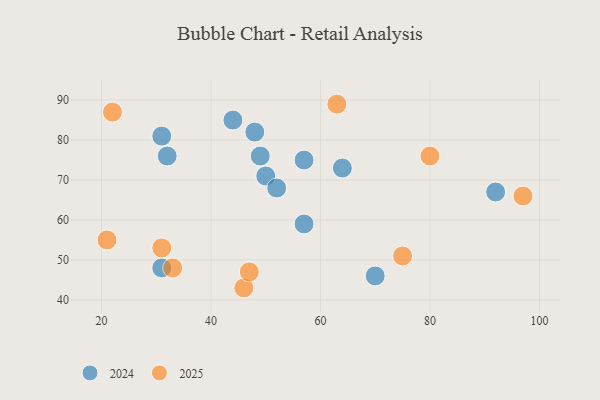
{"axis": {"x": "GDP", "y": "Life Expectancy"}, "legend": ["2024", "2025"], "data": [{"x": "63", "y": 89, "type": "2025"}, {"x": "22", "y": 87, "type": "2025"}, {"x": "33", "y": 48, "type": "2025"}, {"x": "46", "y": 43, "type": "2025"}, {"x": "75", "y": 51, "type": "2025"}, {"x": "97", "y": 66, "type": "2025"}, {"x": "80", "y": 76, "type": "2025"}, {"x": "21", "y": 55, "type": "2025"}, {"x": "31", "y": 53, "type": "2025"}, {"x": "47", "y": 47, "type": "2025"}, {"x": "44", "y": 85, "type": "2024"}, {"x": "70", "y": 46, "type": "2024"}, {"x": "49", "y": 76, "type": "2024"}, {"x": "31", "y": 81, "type": "2024"}, {"x": "32", "y": 76, "type": "2024"}, {"x": "57", "y": 59, "type": "2024"}, {"x": "31", "y": 48, "type": "2024"}, {"x": "50", "y": 71, "type": "2024"}, {"x": "92", "y": 67, "type": "2024"}, {"x": "64", "y": 73, "type": "2024"}, {"x": "57", "y": 75, "type": "2024"}, {"x": "52", "y": 68, "type": "2024"}, {"x": "48", "y": 82, "type": "2024"}]}